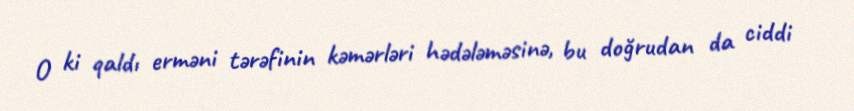
O ki qaldı erməni tərəfinin kəmərləri hədələməsinə, bu doğrudan da ciddi